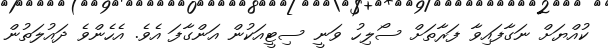
ކުއްޔަށް ނަގާފައިވާ ފަރާތަށް ސޯލިހު ވަނީ ސިޓީއަކުން އަންގާފަ އެވެ. އެހެންވެ ދައުލަތުން